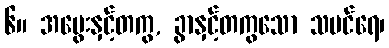
၆။ အမွေးနှင့်တကွ, ခွာနှင့်တကွသော သမင်ရေ၊